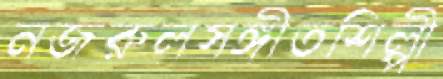
নজরুলসঙ্গীতশিল্পী